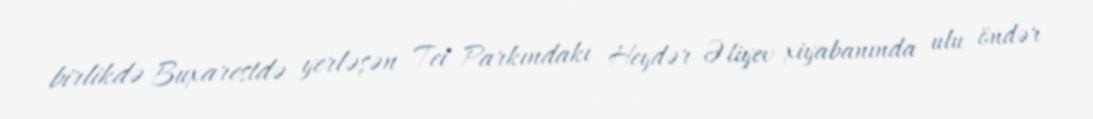
birlikdə Buxarestdə yerləşən Tei Parkındakı Heydər Əliyev xiyabanında ulu öndər